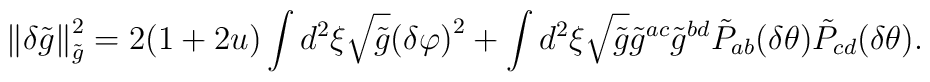
\left\|\delta\tilde{g}\right\|^2_{\tilde{g}}=2(1+2u)\int{d^2}\xi\sqrt{\tilde{g}}{{(\delta\varphi)}^2}+\int{d^2}\xi\sqrt{\tilde{g}}{\tilde{g}^{ac}}{\tilde{g}^{bd}}{\tilde{P}_{ab}}(\delta\theta){\tilde{P}_{cd}}(\delta\theta).